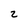
Character: 2